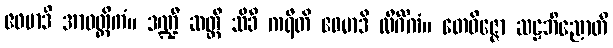
ဧဝမာဒိ အာဝတ္ထိကံ။ ဒဏ္ဍီ ဆတ္တီ သိခီ ကရီတိ ဧဝမာဒိ လိင်္ဂိကံ။ တေဝိဇ္ဇော ဆဠဘိညောတိ